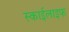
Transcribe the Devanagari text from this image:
स्काईलाइफ